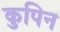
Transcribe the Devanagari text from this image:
कुपिन